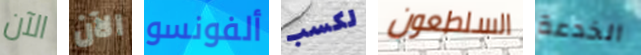
الآن الآن ألفونسو لكسب السلطعون الخدعة